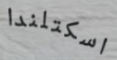
اسكتلندا